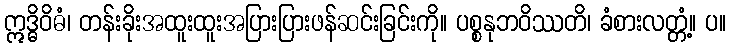
ဣဒ္ဓိဝိဓံ၊ တန်းခိုးအထူးထူးအပြားပြားဖန်ဆင်းခြင်းကို။ ပစ္စနုဘဝိဿတိ၊ ခံစားလတ္တံ့။ ပ။